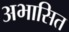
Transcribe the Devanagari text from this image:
अभासित